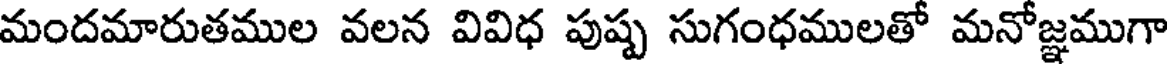
మందమారుతముల వలన వివిధ పుష్ప సుగంధములతో మనోజ్ఞముగా